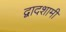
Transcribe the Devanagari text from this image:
द्वादशामी